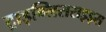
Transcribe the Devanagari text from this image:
ट्राइग्लिसराइड्स